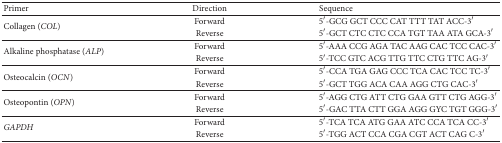
<table><thead><tr><td><b>Primer</b></td><td><b>Direction</b></td><td><b>Sequence</b></td></tr></thead><tbody><tr><td rowspan="2">Collagen (<i>COL</i>)</td><td>Forward</td><td>5′-GCG GCT CCC CAT TTT TAT ACC-3′</td></tr><tr><td>Reverse</td><td>5′-GCT CTC CTC CCA TGT TAA ATA GCA-3′</td></tr><tr><td rowspan="2">Alkaline phosphatase (<i>ALP</i>)</td><td>Forward</td><td>5′-AAA CCG AGA TAC AAG CAC TCC CAC-3′</td></tr><tr><td>Reverse</td><td>5′-TCC GTC ACG TTG TTC CTG TTC AG-3′</td></tr><tr><td rowspan="2">Osteocalcin (<i>OCN</i>)</td><td>Forward</td><td>5′-CCA TGA GAG CCC TCA CAC TCC TC-3′</td></tr><tr><td>Reverse</td><td>5′-GCT TGG ACA CAA AGG CTG CAC-3′</td></tr><tr><td rowspan="2">Osteopontin (<i>OPN</i>)</td><td>Forward</td><td>5′-AGG CTG ATT CTG GAA GTT CTG AGG-3′</td></tr><tr><td>Reverse</td><td>5′-GAC TTA CTT GGA AGG GYC TGT GGG-3′</td></tr><tr><td rowspan="2"><i>GAPDH</i></td><td>Forward</td><td>5′-TCA TCA ATG GAA ATC CCA TCA CC-3′</td></tr><tr><td>Reverse</td><td>5′-TGG ACT CCA CGA CGT ACT CAG C-3′</td></tr></tbody></table>